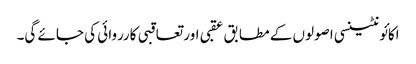
اکائونٹینسی اصولوں کے مطابق عقبی اور تعاقبی کارروائی کی جائے گی۔